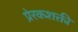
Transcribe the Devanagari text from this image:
प्रेरकशक्ती